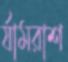
র‍্যামরাশ